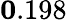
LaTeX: {\mathbf 0.198}